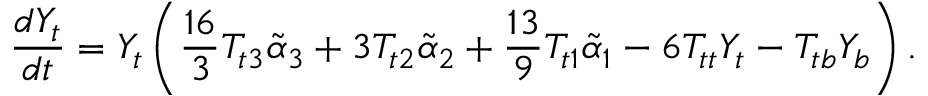
\frac { d Y _ { t } } { d t } = Y _ { t } \left( \frac { 1 6 } { 3 } T _ { t 3 } \tilde { \alpha } _ { 3 } + 3 T _ { t 2 } \tilde { \alpha } _ { 2 } + \frac { 1 3 } { 9 } T _ { t 1 } \tilde { \alpha } _ { 1 } - 6 T _ { t t } Y _ { t } - T _ { t b } Y _ { b } \right) .